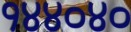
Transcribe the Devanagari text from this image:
१४४०४०